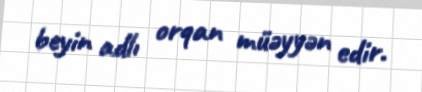
beyin adlı orqan müəyyən edir.